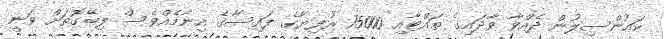
ކައުންސިލުން ދެއްވާ ވާދައިގެ ތައްޓާއި 15000 ރުފިޔާގެ ފައިސާގެ އިނާމެއްވެސް ލިބޭގޮތަށް ވަނީ